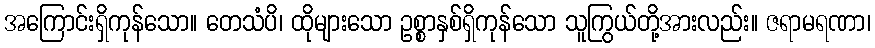
အကြောင်းရှိကုန်သော။ တေသံပိ၊ ထိုများသော ဥစ္စာနှစ်ရှိကုန်သော သူကြွယ်တို့အားလည်း။ ဇရာမရဏာ၊